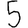
Digit: 5